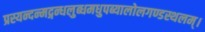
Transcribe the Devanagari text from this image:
प्रस्यन्दन्मद्गन्धलुब्धमधुपब्यालोलगण्डस्थलम्।